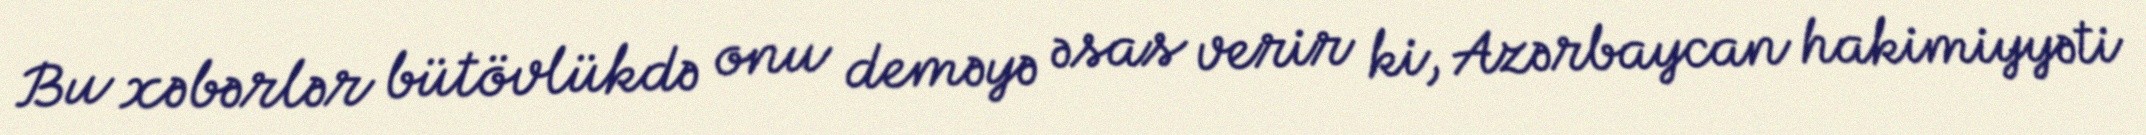
Bu xəbərlər bütövlükdə onu deməyə əsas verir ki, Azərbaycan hakimiyyəti